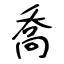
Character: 喬